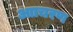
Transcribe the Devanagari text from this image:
आाचरण